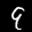
Label: 9